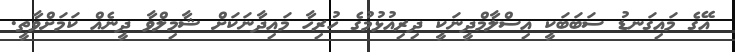
އޭގެ މައިގަނޑު ސަބަބަކީ އިސްލާމްދީނަކީ ދިރިއުޅުމުގެ ހުރިހާ މައިދާނަކަށް ޝާމިލްވާ ދީނެއް ކަމަށްވާތީ.